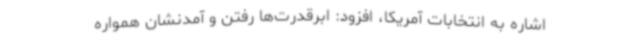
اشاره به انتخابات آمریکا، افزود: ابرقدرت‌ها رفتن و آمدنشان همواره